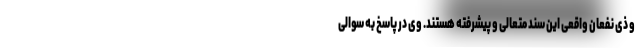
و ذی نفعان واقعی این سند متعالی و پیشرفته هستند. وی در پاسخ به سوالی